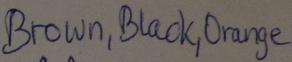
Text: Brown,Black,Orange